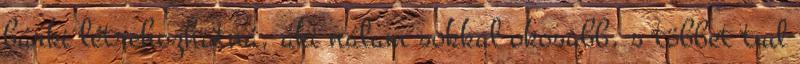
bárki létrehozhatná, aki nálam sokkal okosabb, s többet tud